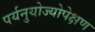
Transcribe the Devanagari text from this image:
पर्यनुयोज्योपेक्षण